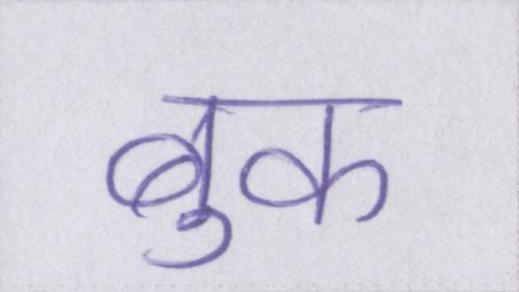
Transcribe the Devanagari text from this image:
बुक